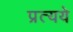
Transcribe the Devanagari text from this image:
प्रत्यये